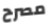
مصرح